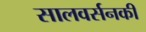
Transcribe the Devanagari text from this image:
सालवर्सनकी